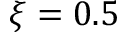
\xi = 0 . 5